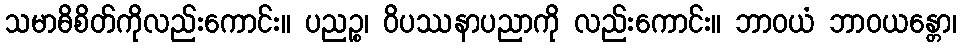
သမာဓိစိတ်ကိုလည်းကောင်း။ ပညဉ္စ၊ ဝိပဿနာပညာကို လည်းကောင်း။ ဘာဝယံ ဘာဝယန္တော၊